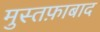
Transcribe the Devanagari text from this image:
मुस्तफ़ाबाद